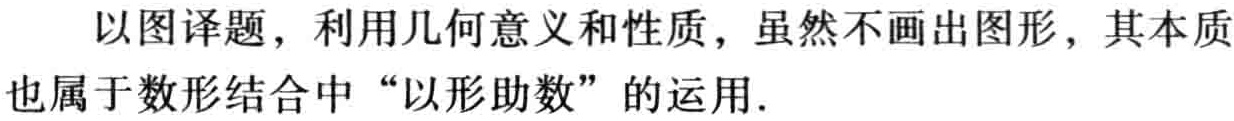
以图译题，利用几何意义和性质，虽然不画出图形，其本质也属于数形结合中“以形助数”的运用.